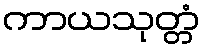
ကာယသုတ္တံ